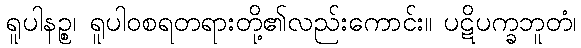
ရူပါနဉ္စ၊ ရူပါဝစရတရားတို့၏လည်းကောင်း။ ပဋိပက္ခဘူတံ၊